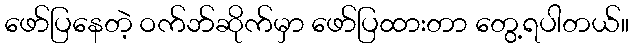
ဖော်ပြနေတဲ့ ဝက်ဘ်ဆိုက်မှာ ဖော်ပြထားတာ တွေ့ရပါတယ်။